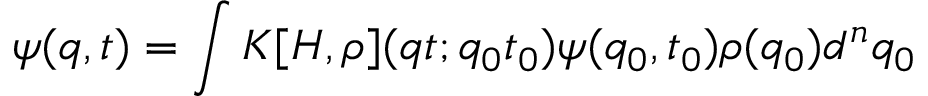
\psi ( q , t ) = \int K [ H , \rho ] ( q t ; q _ { 0 } t _ { 0 } ) \psi ( q _ { 0 } , t _ { 0 } ) \rho ( q _ { 0 } ) d ^ { n } q _ { 0 }